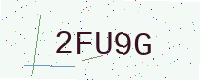
Text: 2FU9G